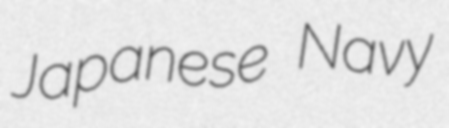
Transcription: Japanese Navy